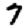
Digit: 7